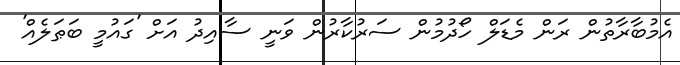
އެމުބާރާތުން ރަން މެޑަލް ހޯދުމުން ސަރުކާރުން ވަނީ ސާއިދު އަށް 'ގައުމީ ބަޠަލެއް'